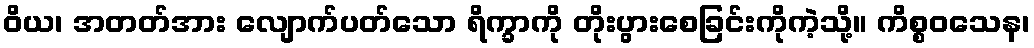
ဝိယ၊ အတတ်အား လျောက်ပတ်သော ရိက္ခာကို တိုးပွားစေခြင်းကိုကဲ့သို့။ ကိစ္စဝသေန၊